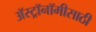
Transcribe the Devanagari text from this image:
अॅस्ट्रॉनॉमीसाठी